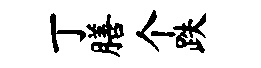
丁膳个跌